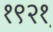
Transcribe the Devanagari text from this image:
१९२१़